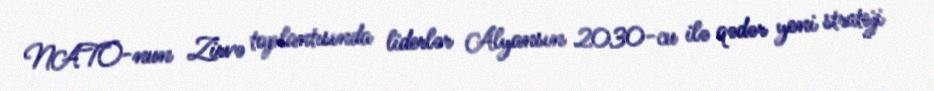
NATO-nun Zirvə toplantısında liderlər Alyansın 2030-cu ilə qədər yeni strateji